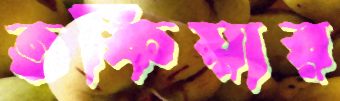
তকিয়ার